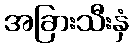
အခြားသီးနှံ